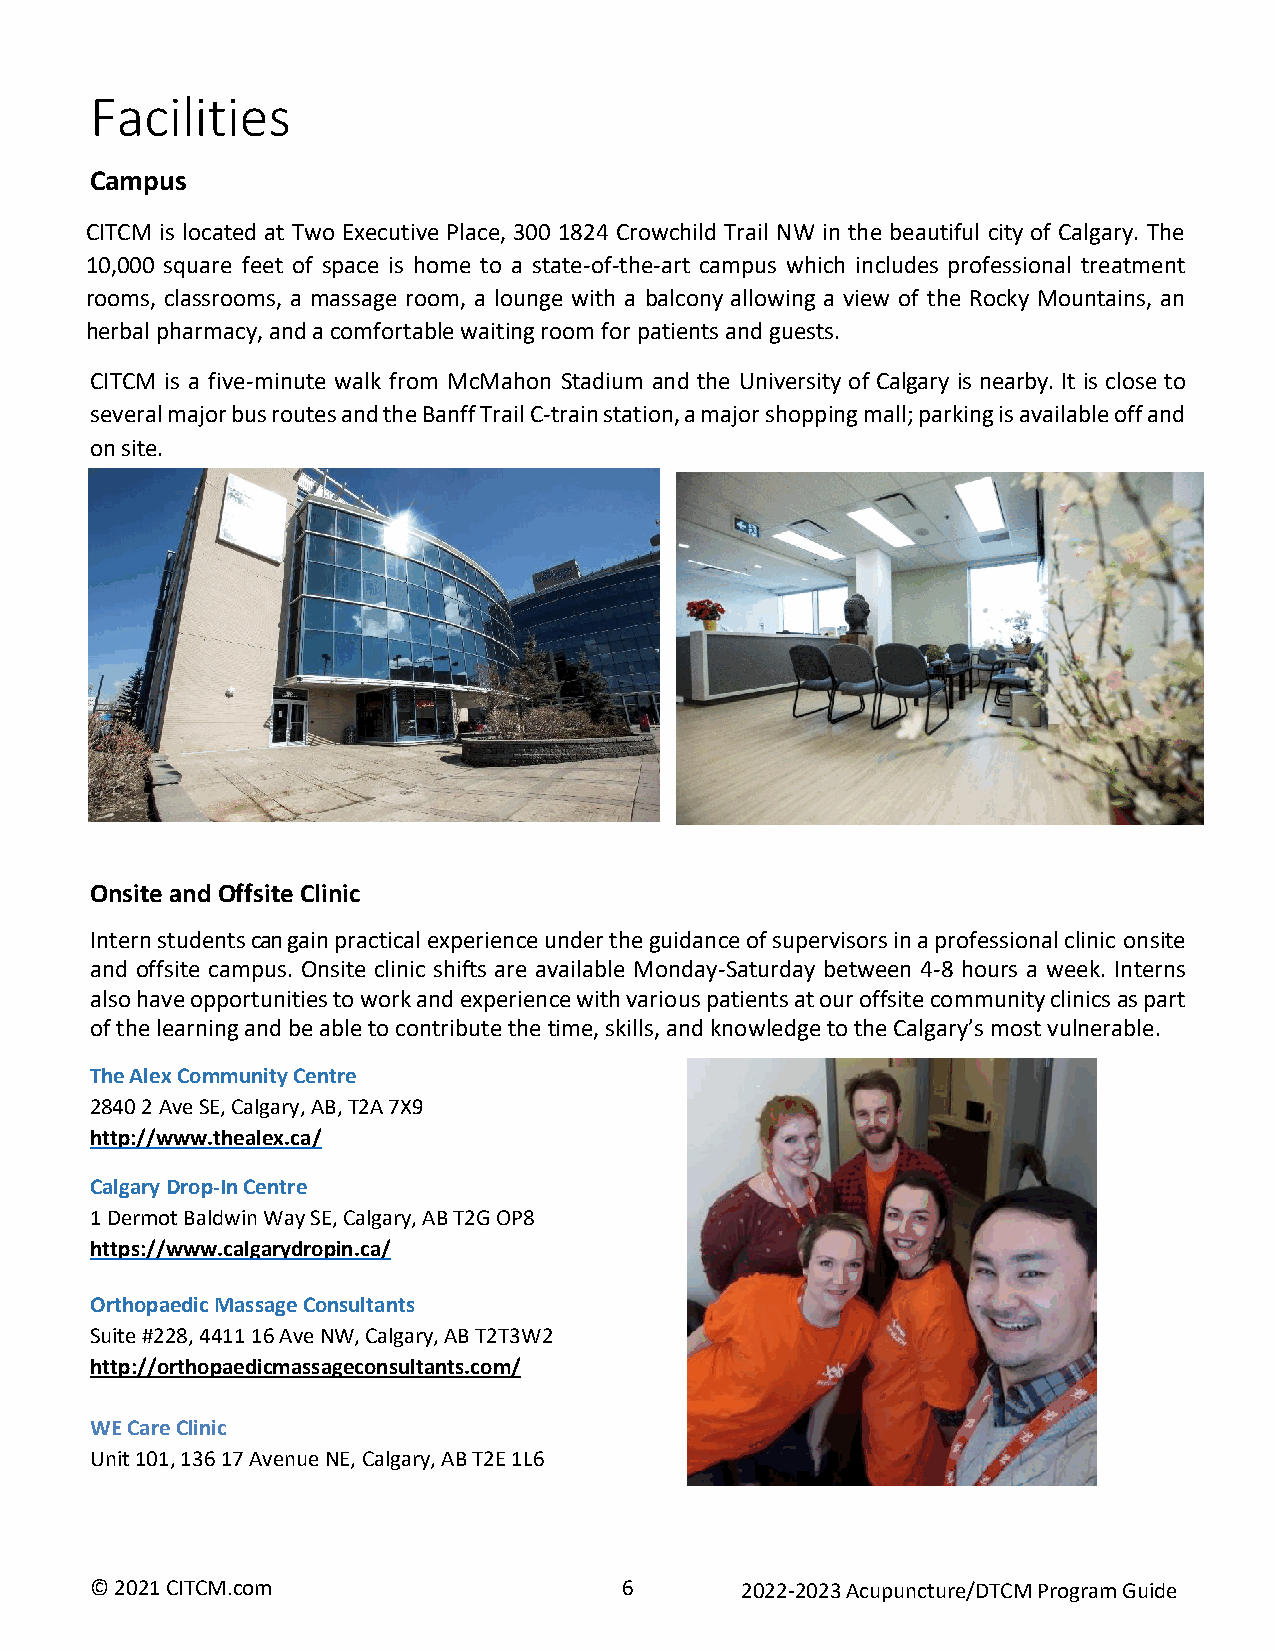
Facilities
 Campus
 CITCM is located at Two Executive Place, 300 1824 Crowchild Trail NW in the beautiful city of Calgary. The
 10,000 square feet of space is home to a state-of-the-art campus which includes professional treatment
 rooms, classrooms, a massage room, a lounge with a balcony allowing a view of the Rocky Mountains, an
 herbal pharmacy, and a comfortable waiting room for patients and guests.
 CITCM is a five-minute walk from McMahon Stadium and the University of Calgary is nearby. It is close to
 several major bus routes and the Banff Trail C-train station, a major shopping mall; parking is available off and
 on site.
 Onsite and Offsite Clinic
 Intern students can gain practical experience under the guidance of supervisors in a professional clinic onsite
 and offsite campus. Onsite clinic shifts are available Monday-Saturday between 4-8 hours a week. Interns
 also have opportunities to work and experience with various patients at our offsite community clinics as part
 of the learning and be able to contribute the time, skills, and knowledge to the Calgary’s most vulnerable.
 The Alex Community Centre
 2840 2 Ave SE, Calgary, AB, T2A 7X9
 http://www.thealex.ca/
 Calgary Drop-In Centre
 1 Dermot Baldwin Way SE, Calgary, AB T2G OP8
 https://www.calgarydropin.ca/
 Orthopaedic Massage Consultants
 Suite #228, 4411 16 Ave NW, Calgary, AB T2T3W2
 http://orthopaedicmassageconsultants.com/
 WE Care Clinic
 Unit 101, 136 17 Avenue NE, Calgary, AB T2E 1L6
 © 2021 CITCM.com                   6       2022-2023 Acupuncture/DTCM Program Guide